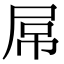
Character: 屌